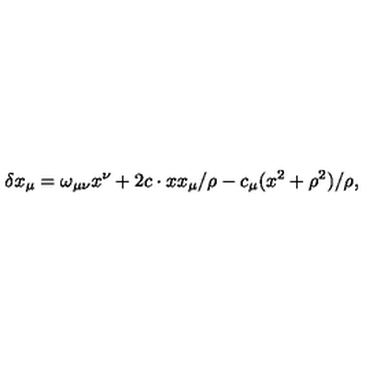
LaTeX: \delta x _ { \mu } = \omega _ { \mu \nu } x ^ { \nu } + 2 c \cdot x x _ { \mu } / \rho - c _ { \mu } ( x ^ { 2 } + \rho ^ { 2 } ) / \rho ,